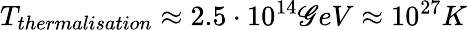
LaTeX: T_{thermalisation}\approx2.5\cdot10^{14}\mathscr{G}eV\approx10^{27}K